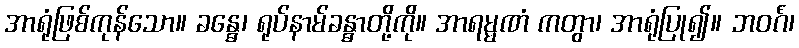
အာရုံဖြစ်ကုန်သော။ ခန္ဓေ၊ ရုပ်နာမ်ခန္ဓာတို့ကို။ အာရမ္မဏံ ကတွာ၊ အာရုံပြု၍။ ဘဝင်္ဂံ၊